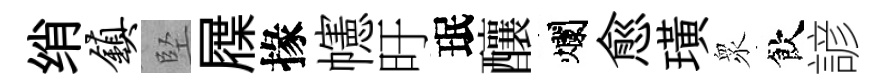
绡镇堅屧掾幰旴珉釀爛愈璜衆飲諺